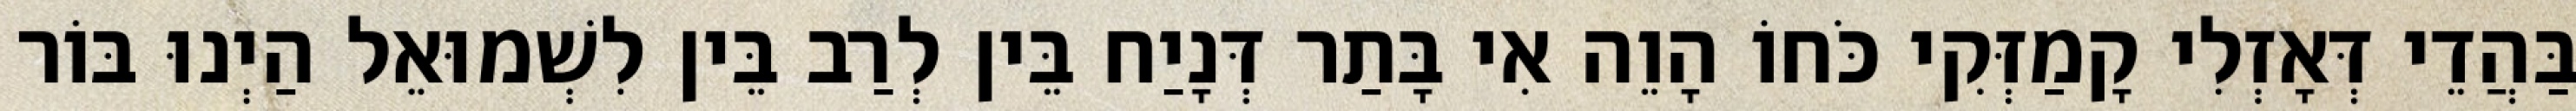
בַּהֲדֵי דְּאָזְלִי קָמַזְּקִי כֹּחוֹ הָוֵה אִי בָּתַר דְּנָיַח בֵּין לְרַב בֵּין לִשְׁמוּאֵל הַיְנוּ בּוֹר